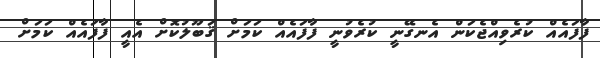
ފާފައެއް ކުރެވިއްޖެކަން އެނގޭނީ ކުރެވުނީ ފާފައެއް ކަމަށް ޤަބޫލުކޮށް އެއީ ފާފައެއް ކަމަށް